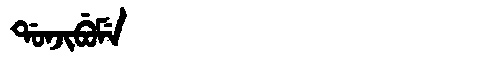
Manchu: ᡩᠣᠨᠵᡳᠪᡠᠮᡝ
Romanization: DONJIBUME